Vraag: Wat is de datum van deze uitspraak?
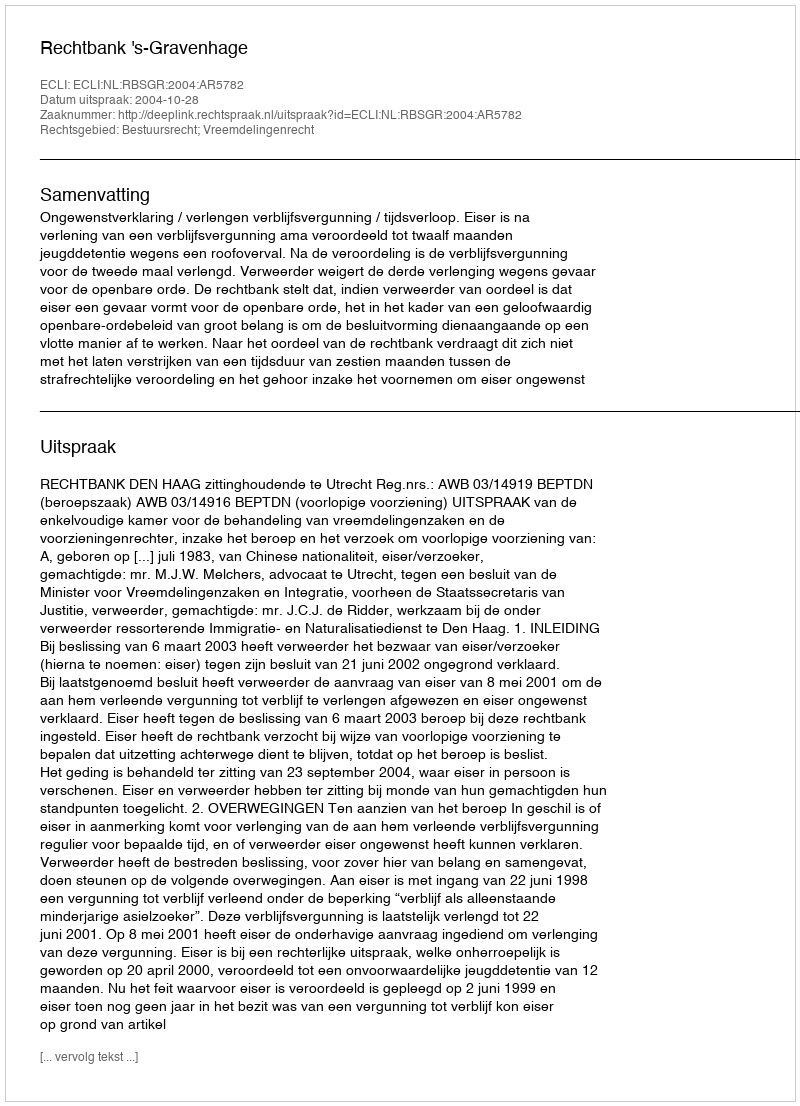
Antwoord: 2004-10-28